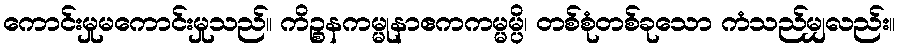
ကောင်းမှုမကောင်းမှုသည်။ ကိဉ္စနကမ္မုနာဧကကမ္မမ္ပိ၊ တစ်စုံတစ်ခုသော ကံသည်မျှလည်း။